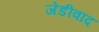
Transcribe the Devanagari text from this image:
जेडीवाद